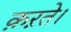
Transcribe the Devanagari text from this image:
क़ऱते।